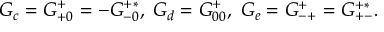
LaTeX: G _ { c } = G _ { + 0 } ^ { + } = - G _ { - 0 } ^ { + * } , \; G _ { d } = G _ { 0 0 } ^ { + } , \; G _ { e } = G _ { - + } ^ { + } = G _ { + - } ^ { + * } .